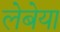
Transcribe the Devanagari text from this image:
लेबेया